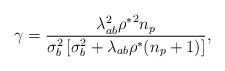
LaTeX: \begin{align*}\gamma_{}=\frac{\lambda_{ab}^2{\rho^\ast}^2n_p}{\sigma_b^2\left[\sigma_b^2+\lambda_{ab}\rho^\ast (n_p+1)\right]},\end{align*}